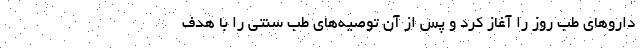
داروهای طب روز را آغاز کرد و پس از آن توصیه‌های طب سنتی را با هدف